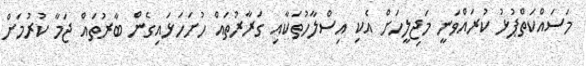
މަސައްކަތްޕުޅު ކުރައްވަނީ މަޖިލީހަށް އެކި އިސްލާހުތަކާއި ގަރާރުތައް ހުށަހަޅައިގެން ބާރުތައް ޖަމާ ކުރުމަށް